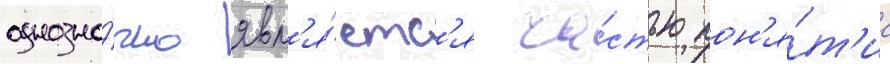
однозна́чно явл'я́етс'я ча́стью пон'я́т'иа